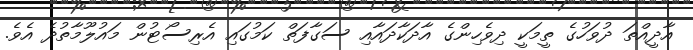
އާދީއްތަ ދުވަހުގެ ތީމަކީ ދިވެހިންގެ އާދަކާދައާއި ސަގާފަތް ކަމުގައި އެރިސޯޓުން މައުލޫމާތުދެ އެވެ.